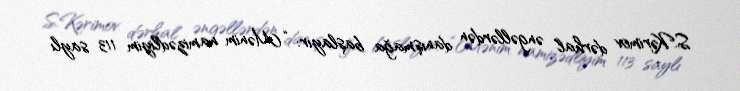
S.Kərimov dərhal əngəllərdən danışmağa başlayır: “Mənim namizədliyim 113 saylı